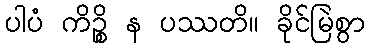
ပါပံ ကိဉ္စိ န ပဿတိ။ ခိုင်မြဲစွာ